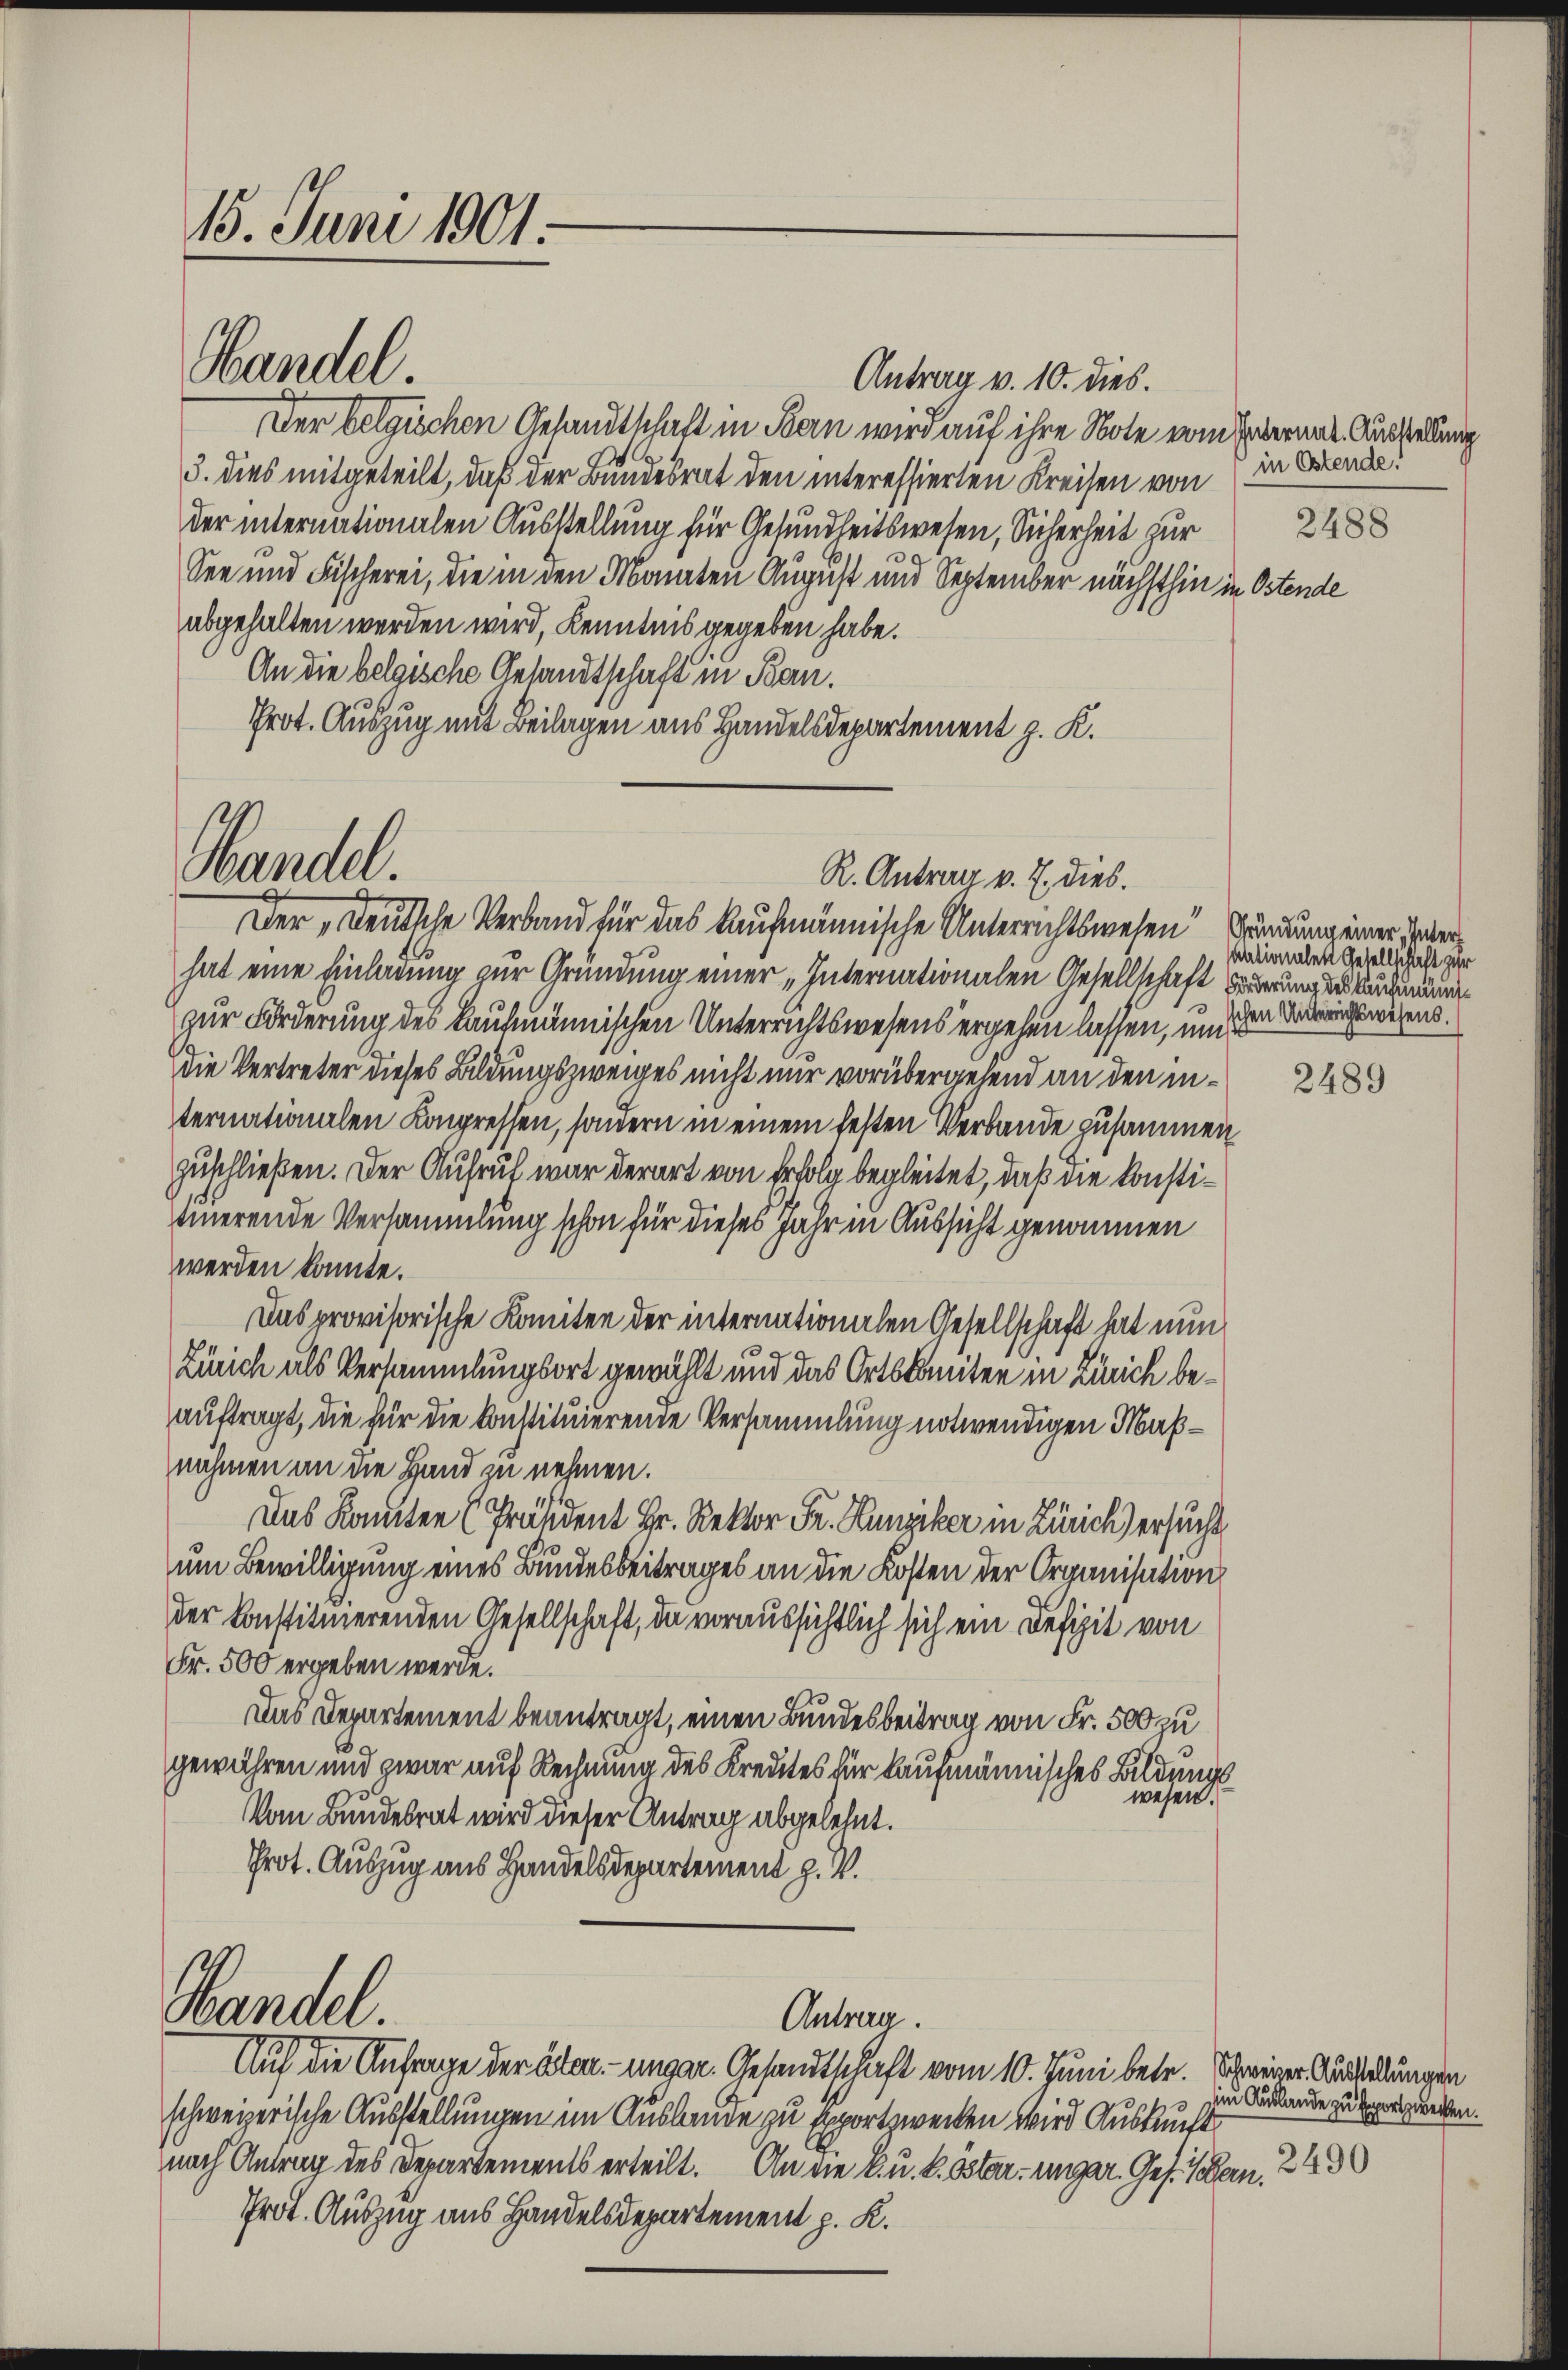
15. Juni 1901:

Antrag v. 10. dies.
Der belgischen Gesandtschaft in Bern wird auf ihre Note vom Erbernat. Ausstellung
3. dies mitgeteilt, daß der Bundesrat den interessierten Kreisen von
der internationalen Ausstellung für Gesundheitswesen, Sicherheit zur
See und Fischerei, die in den Monaten August und September nächsthin in Ostende
abgehalten werden wird, Kenntnis gegeben habe.
An die belgische Gesandtschaft in Ban.
Prot. Auszug mit Beilagen aus Handelsdepartement z. K.

Handel.

Handel.

Der „Deutsche Verband für das Kaufmännische Unterrichtswesen Sundung einer verhat eine Einladung zur Gründung einer „Internationalen Gesellschaft worderung des Buchenzur Forderung des kaufmännischen Unterrichtswesens ergehen lassen, un
Die Vertreter dieses Bildungszweiges nicht nur vorübergehend an den internationalen Kongressen, sondern in einem festen Verbande zusammen
zuschließen. Der Aufruf war derart von Erfolg begleitet, daß die konstitierende Versammlung schon für dieses Jahr in Aussicht genommen
werden konnte.
Das provisorische Komiten der internationalen Gesellschaft hat nun
Zürich als Versammlungsort gewählt und das Ortskomiten in Zürich beauftragt, die für die konstituierende Versammlung notwendigen Maßnähmen an die Hand zu nehmen.
Das konnten (Präsident Hr. Rektor Fr. Hunziker in Zürich) ersucht,
um Bewilligung eines Bundesbeitrages an die Kosten der Organisation
der konstituierenden Gesellschaft, da voraussichtlich sich ein Defizit von
Fr. 500 ergeben werde.
Das Departement beantragt, einen Bundesbeitrag von Fr. 500 zu
gewähren und zwar auf Rechnung des Kredites für kaufmännisches Bildungs
wesen.
Vom Bundesrat wird dieser Antrag abgelehnt.
Prot. Auszug aus Handelsdepartement z. B.
Wandel
Antrag.
Auf die Anfrage der älten. - ungar. Gesandtschaft vom 10. Juni betr. Schweiger Ausstellungen
schweizerische Ausstellungen im Auslaude zu Exportzwecken wird Auskunft
nach Antrag des Departements erteilt. An die k. u. k. öster, ungar. Ges. Bern.
Prot. Auszug aus Handelsdepartement p. K.

R. Antrag v. 7. dies.

in Ostende.
2488

sationalen Gesellschaft zur
schen Unterrichtswesens.

2489

s Auslande zu sport zwecken.
2490